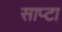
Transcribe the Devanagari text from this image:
साप्टा